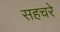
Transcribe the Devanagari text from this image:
सहचरे